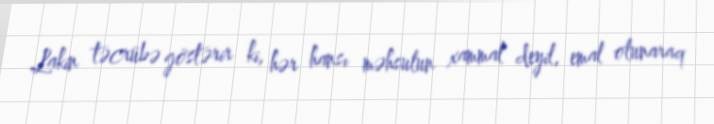
Lakin təcrübə göstərir ki, hər hansı məhsulun xammal deyil, emal olunaraq